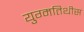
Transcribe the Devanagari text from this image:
युग्मतिथीस